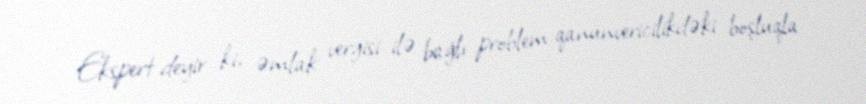
Ekspert deyir ki, əmlak vergisi ilə bağlı problem qanunvericilikdəki boşluqla